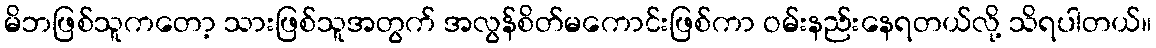
မိဘဖြစ်သူကတော့ သားဖြစ်သူအတွက် အလွန်စိတ်မကောင်းဖြစ်ကာ ဝမ်းနည်းနေရတယ်လို့ သိရပါတယ်။